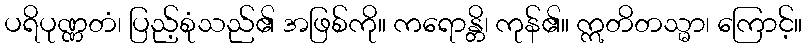
ပရိပုဏ္ဏတံ၊ ပြည့်စုံသည်၏ အဖြစ်ကို။ ကရောန္တိ၊ ကုန်၏။ ဣတိတသ္မာ၊ ကြောင့်။